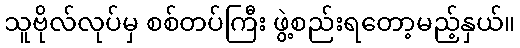
သူဗိုလ်လုပ်မှ စစ်တပ်ကြီး ဖွဲ့စည်းရတော့မည့်နှယ်။